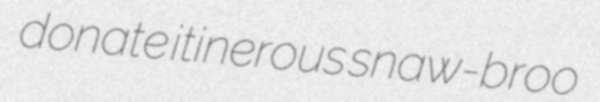
donate itinerous snaw-broo